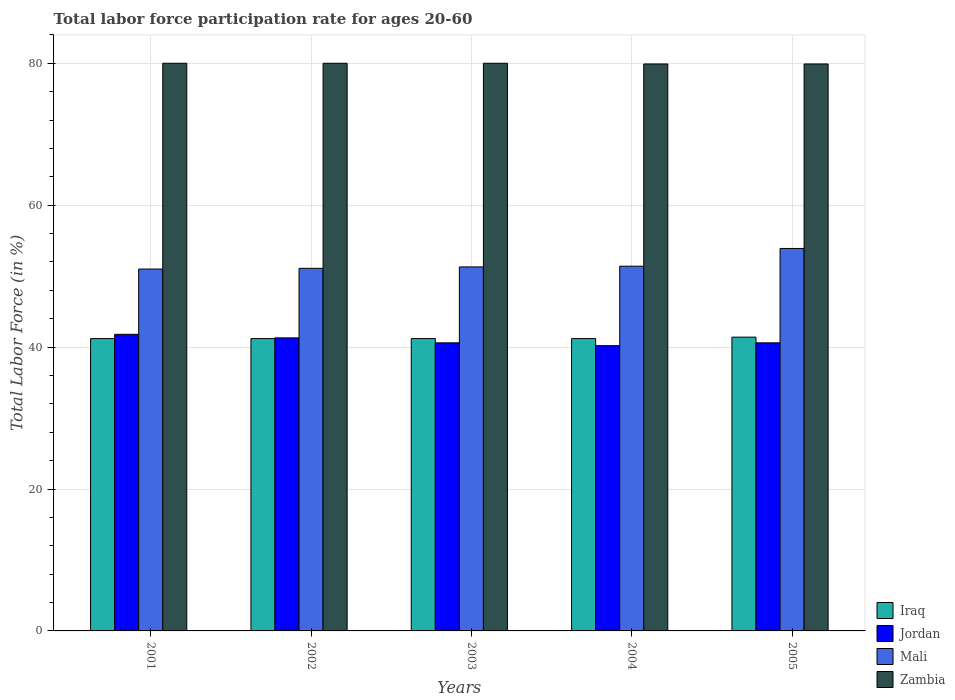
| Years | Iraq | Jordan | Mali | Zambia |
 | --- | --- | --- | --- | --- |
 | 2001 | 41.2 | 41.8 | 51 | 80 |
 | 2002 | 41.2 | 41.3 | 51.1 | 80 |
 | 2003 | 41.2 | 40.6 | 51.3 | 80 |
 | 2004 | 41.2 | 40.2 | 51.4 | 79.9 |
 | 2005 | 41.4 | 40.6 | 53.9 | 79.9 |